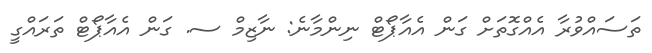
ތަސައްވުރާ އެއްގޮތަށް ގަން އެއާޕޯޓް ނިންމާނެ: ނާޒިމް ސ. ގަން އެއާޕޯޓް ތަރައްގީ